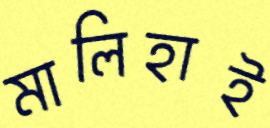
মালিহাই